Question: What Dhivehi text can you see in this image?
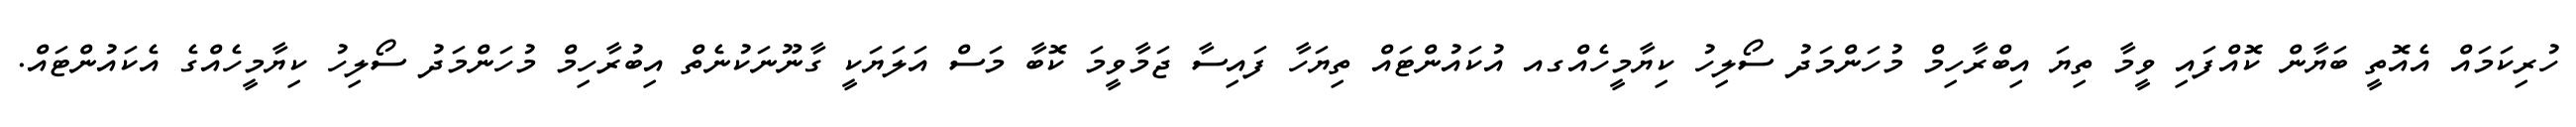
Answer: ހުރިކަމައް އެއޮތީ ބަޔާން ކޮއްފައި ވީމާ ތިޔަ އިބްރާހިމް މުހަންމަދު ސޯލިހު ކިޔާމީހެއްގއ އުކައުންޓައް ތިޔަހާ ފައިސާ ޖަމާވީމަ ކޮބާ މަސް އަލަޔަކީ ގާނޫނަކުނެތް އިބުރާހިމް މުހަންމަދު ސޯލިހު ކިޔާމީހެއްގެ އެކައުންޓައް.